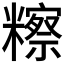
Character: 𥽕